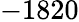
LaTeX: -1820